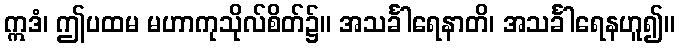
ဣဒံ၊ ဤပထမ မဟာကုသိုလ်စိတ်၌။ အသင်္ခါရေနာတိ၊ အသင်္ခါရေနဟူ၍။